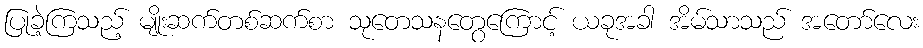
ပြုခဲ့ကြသည့် မျိုးဆက်တစ်ဆက်စာ သုတေသနတွေကြောင့် ယခုအခါ အိမ်သာသည် အတော်လေး